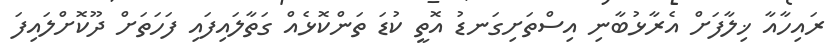
ރައިހާއާ ޚިލާފަށް އެރާޅުބާނި އިސްތަށިގަނޑު އޮތީ ކުޑަ ތަންކޮޅެއް ގަތާލައިފައި ފަހަތަށް ދޫކޮށްލައިފަ